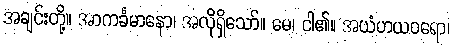
အချင်းတို့။ အာကင်္ခမာနော၊ အလိုရှိသော်။ မေ၊ ငါ၏။ အယံဟယဝရော၊